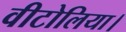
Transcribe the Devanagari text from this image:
वीटोलिया।